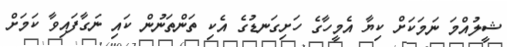
ޝީލުއްމަ ނަމަކަށް ކިޔާ އެމީހާގެ ހަށިގަނޑުގެ އެކި ތަންތަނުން ކައި ނަގާފައިވާ ކަމަށް